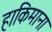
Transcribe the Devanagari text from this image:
हाकिमाना